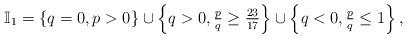
LaTeX: \begin{align*}\mathbb{I}_{1}=\left\{ q=0,p>0\right\} \cup \left\{ q>0,\tfrac{p}{q}\geq \tfrac{23}{17}\right\} \cup \left\{ q<0,\tfrac{p}{q}\leq 1\right\} ,\end{align*}